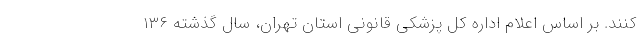
کنند. بر اساس اعلام اداره کل پزشکی قانونی استان تهران، سال گذشته ۱۳۶